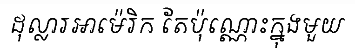
ដុល្លារអាម៉េរិក តែប៉ុណ្ណោះក្នុងមួយ